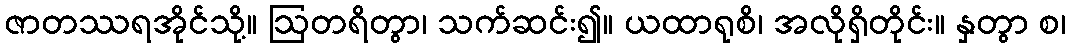
ဇာတဿရအိုင်သို့။ ဩတရိတွာ၊ သက်ဆင်း၍။ ယထာရုစိ၊ အလိုရှိတိုင်း။ နှတွာ စ၊